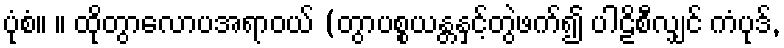
ပုံစံ။ ။ ထိုတွာလောပအရာဝယ် (တွာပစ္စယန္တနှင့်တွဲဖက်၍ ပါဠိစီလျှင် ကံပုဒ်,